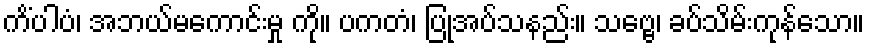
ကိံပါပံ၊ အဘယ်မကောင်းမှု ကို။ ပကတံ၊ ပြုအပ်သနည်း။ သဗ္ဗေ၊ ခပ်သိမ်းကုန်သော။